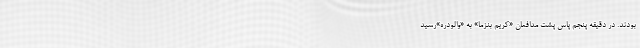
بودند. در دقیقه پنجم پاس پشت مدافعان «کریم بنزما» به «والودره»‌رسید